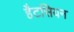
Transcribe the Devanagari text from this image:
हैटसियन